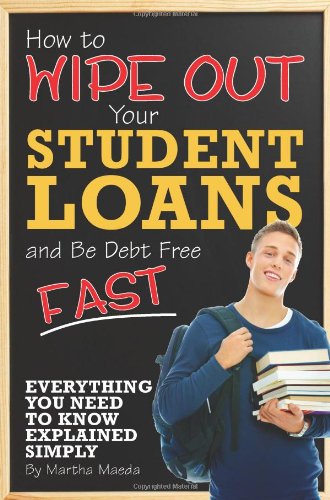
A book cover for How to Wipe Out Your Student Loans and Be Debt Free Fast: Everything You Need to Know Explained Simply; Martha Maeda; Education & Teaching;